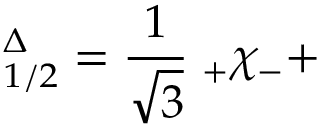
{ \bf \psi } _ { 1 / 2 } ^ { \Delta } = \frac 1 { \sqrt { 3 } } { \bf \epsilon } _ { + } \chi _ { - } +